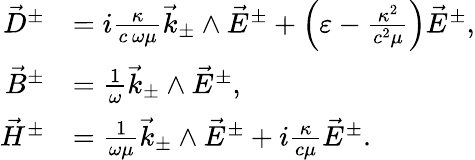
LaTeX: \begin{array}{rl}{\vec{D}^{\pm}}&{=i\frac{\kappa}{c\, \omega\mu}\vec{k}_{\pm}\wedge\vec{E}^{\pm}+\left(\varepsilon-\frac{\kappa^{2}}{c^{2}\mu}\right)\vec{E}^{\pm},}\\ {\vec{B}^{\pm}}&{=\frac{1}{\omega}\vec{k}_{\pm}\wedge\vec{E}^{\pm},}\\ {\vec{H}^{\pm}}&{=\frac{1}{\omega\mu}\vec{k}_{\pm}\wedge\vec{E}^{\pm}+i\frac{\kappa}{c\mu}\vec{E}^{\pm}.}\end{array}